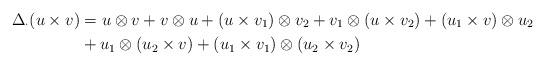
LaTeX: \begin{align*}\Delta_{\cdot}( u \times v)&= u \otimes v + v \otimes u + (u \times v_1) \otimes v_2 + v_1 \otimes (u \times v_2) + (u_1 \times v) \otimes u_2 \\&+ u_1 \otimes (u_2 \times v) + (u_1 \times v_1) \otimes (u_2 \times v_2)\end{align*}